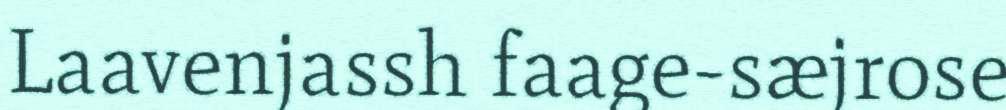
Laavenjassh faage-sæjrose